EKP_Kingissepa_Rajoonikomitee, lk 2
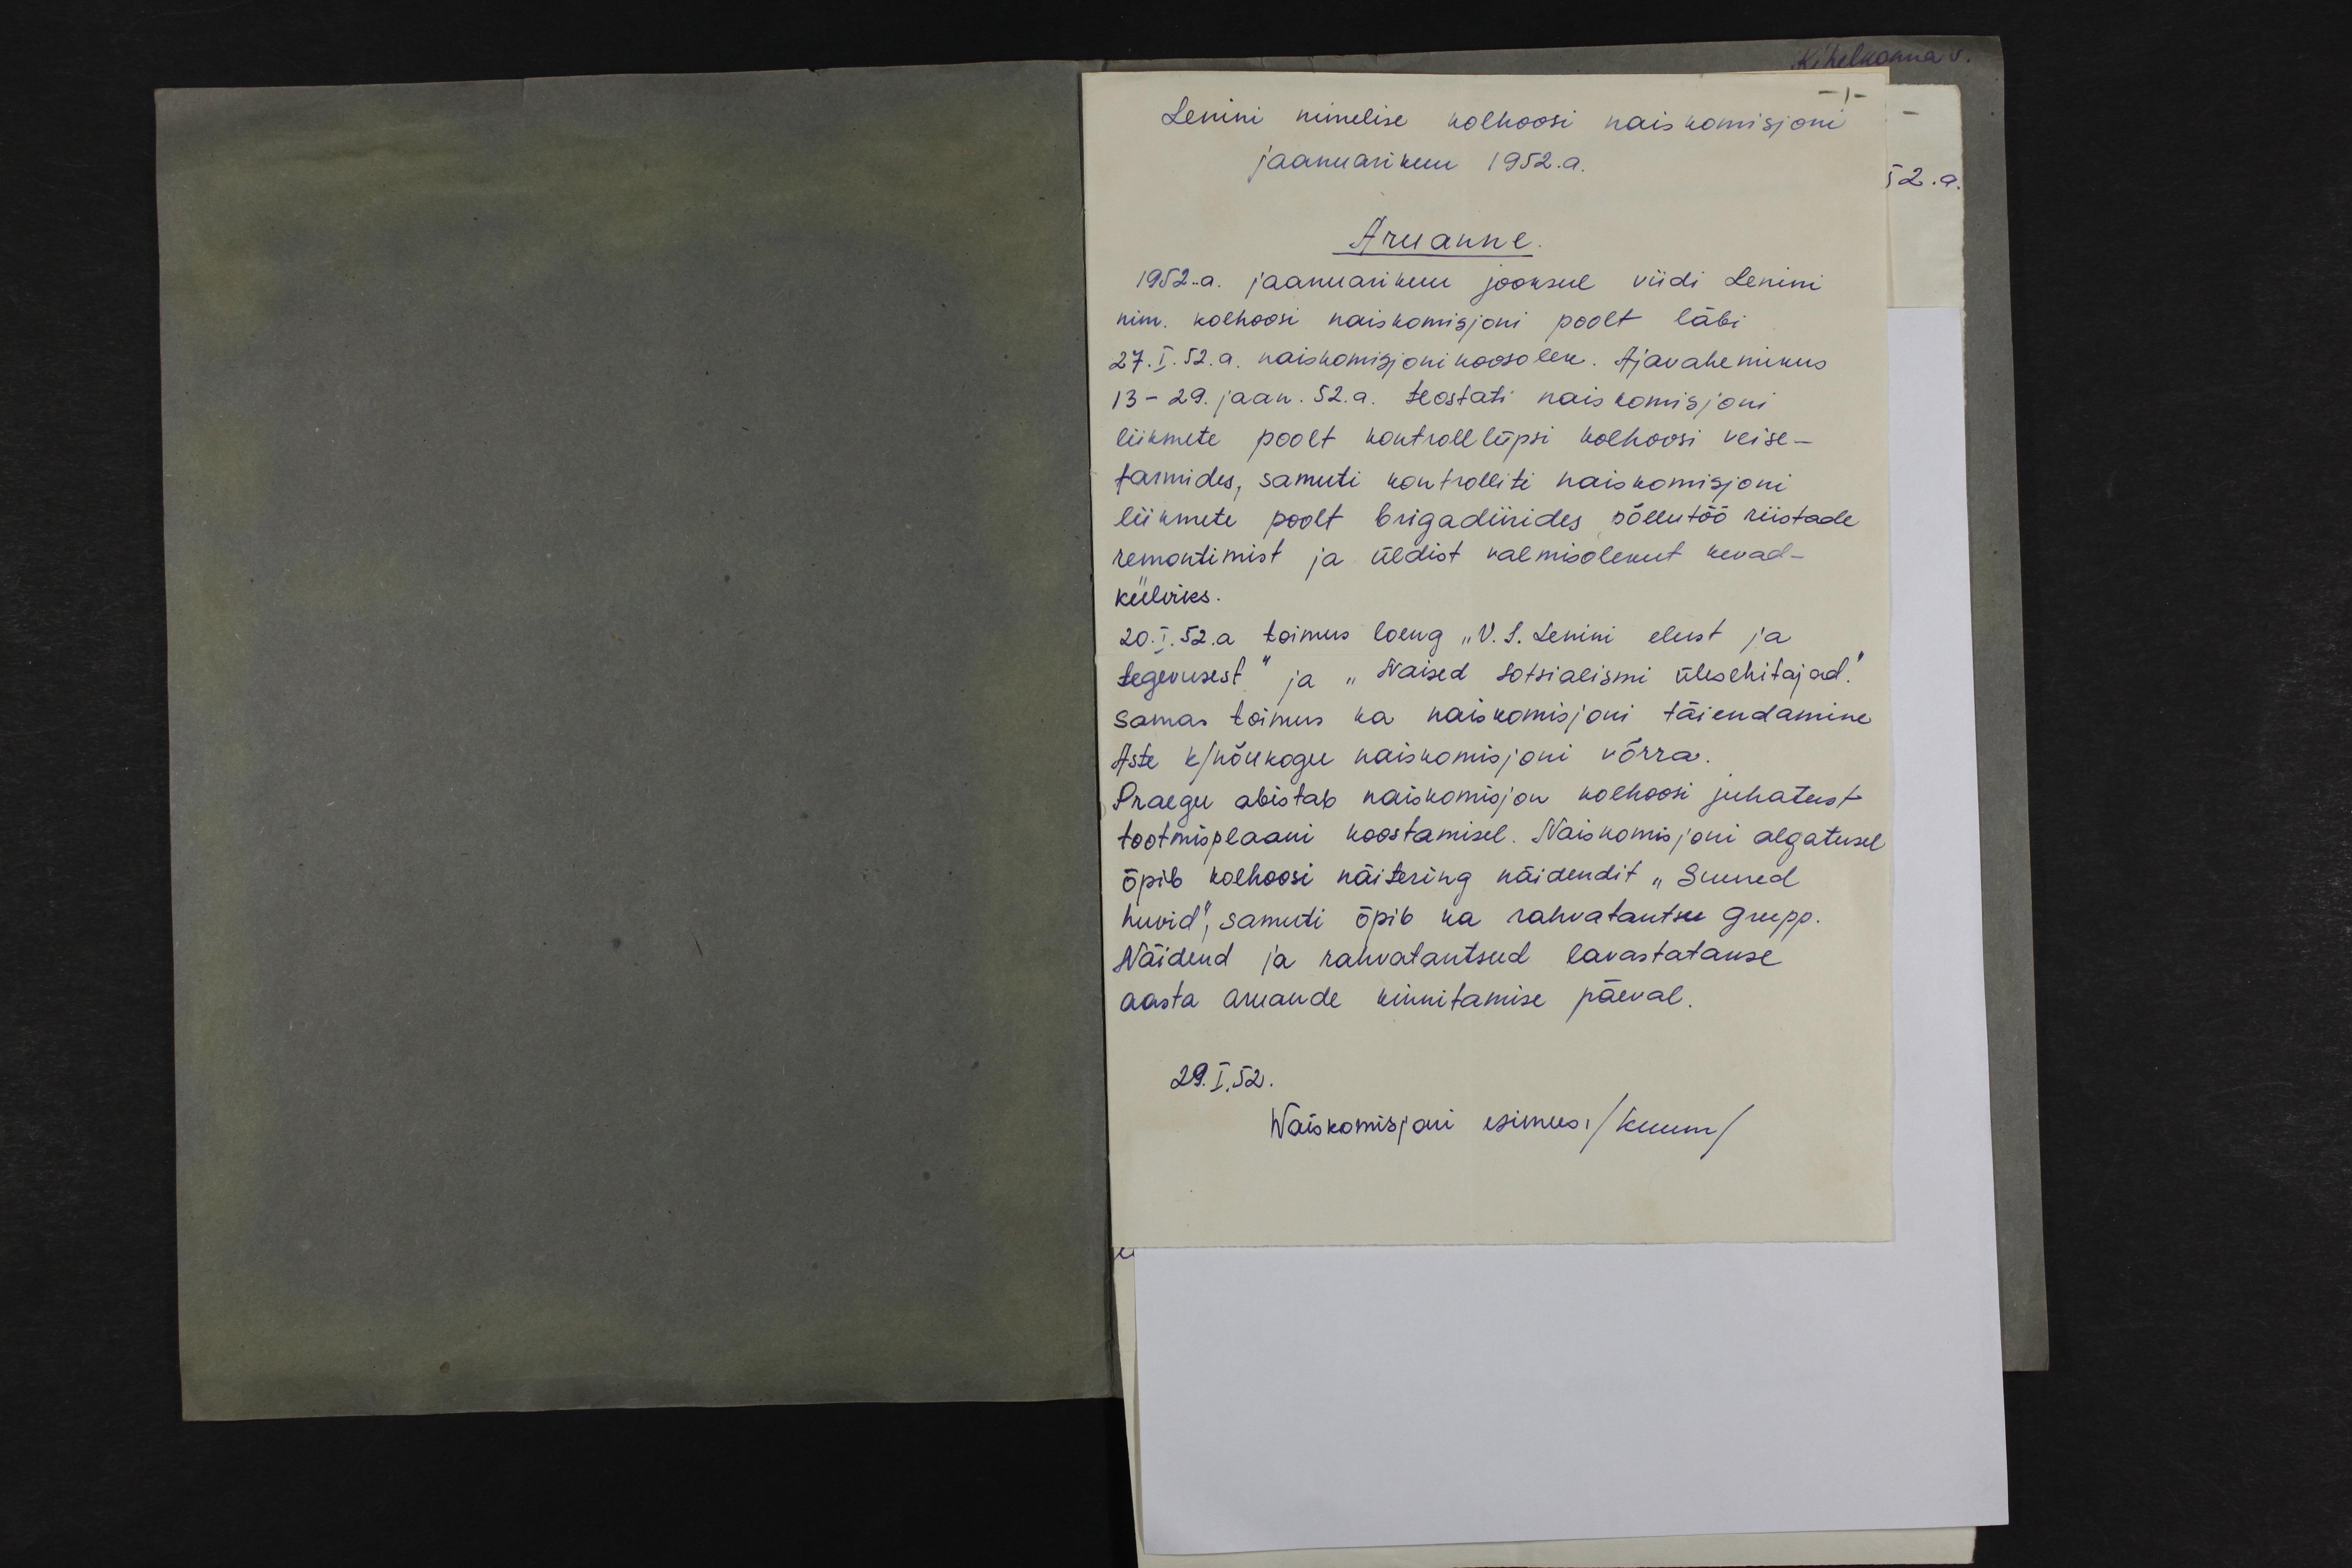
- 1 -
Lenini nimelise kolhoosi naiskomisjoni
jaanuarikuu 1952.a.
Aruanne
1952.a. jaanuarikuu jooksul viidi Lenini
nim. kolhoosi naiskomisjoni poolt läbi
27.I. 52. a. naiskomisjoni koosolek. Ajavahemikus
13 - 29. jaan. 52. a. teostati nais komisjoni
liikmete poolt kontrolllüpsi kolhoosi veise-
farmides, samuti kontrolliti naiskomisjoni
liikmete poolt brigadiirides põllutöö riistade
remontimist ja üldist valmisolekut kevad-
külviks.
20. I. 52.a toimus loeng "V. I. Lenini elust ja
tegevusest" ja "Naised sotsialismi ülesehitajad."
Samas toimus ka naiskomisjoni täiendamine.
Aste k/nõukogu naiskomisjoni võrra.
Praegu abistab naiskomisjon kolhoosi juhatust
tootmisplaani koostamisel. Naiskomisjoni algatusel
õpib kolhoosi näiteering näidendit "Suured
huvid", samuti õpib ka rahvatantsu grupp.
Näidend ja rahvatantsud lavastatakse
aasta aruande kinnitamise päeval.
29. I. 52.
Naiskomisjoni esimees. /Kuum/